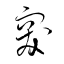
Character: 突